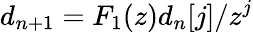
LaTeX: d_{n+1}=F_{1}(z)d_{n}[j]/z^{j}